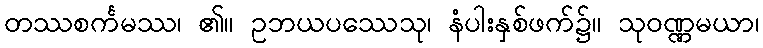
တဿစင်္ကမဿ၊ ၏။ ဥဘယပဿေသု၊ နံပါးနှစ်ဖက်၌။ သုဝဏ္ဏမယာ၊